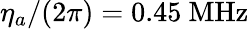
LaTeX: \eta_{a}/(2\pi)=0.45~\mathrm{MHz}